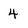
Character: 4